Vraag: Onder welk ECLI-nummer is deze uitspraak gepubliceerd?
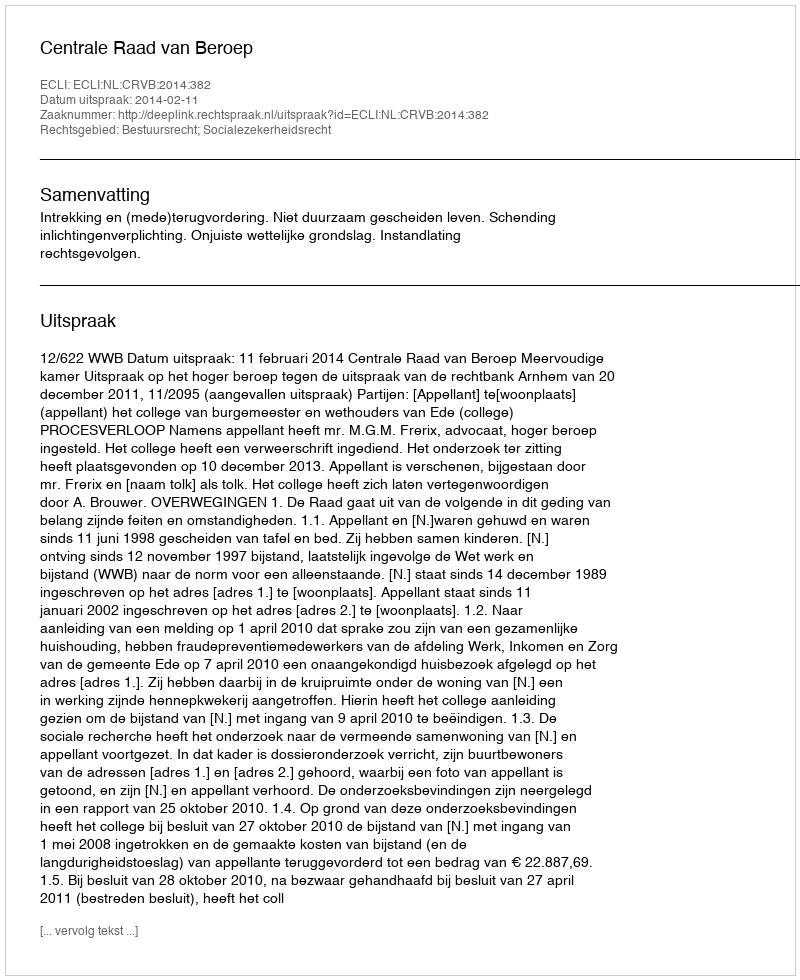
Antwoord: ECLI:NL:CRVB:2014:382